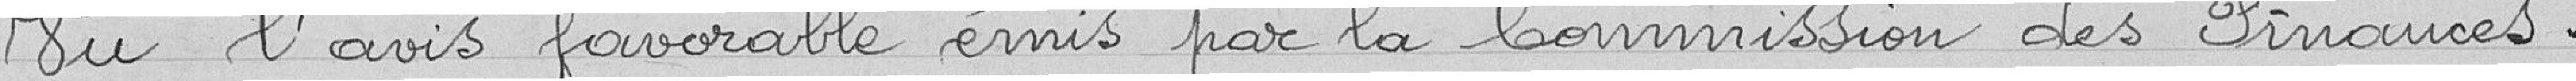
Vu l'avais favorable émis par la Commission des Finances